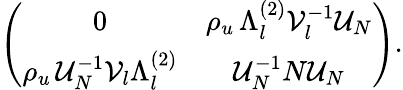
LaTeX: \left(\begin{array}{cc}{{0}}&{{\rho_{u}\, \Lambda_{l}^{(2)}{\cal V}_{l}^{-1}{\cal U}_{N}}}\\ {{\rho_{u}\, {\cal U}_{N}^{-1}{\cal V}_{l}\Lambda_{l}^{(2)}}}&{{{\cal U}_{N}^{-1}N{\cal U}_{N}}}\end{array}\right).